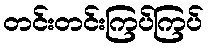
တင်းတင်းကြပ်ကြပ်